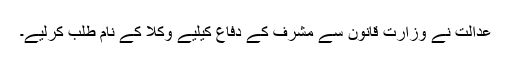
عدالت نے وزارت قانون سے مشرف کے دفاع کیلیے وکلا کے نام طلب کرلیے۔